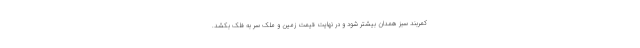
کمربند سبز همدان بیشتر شود و در نهایت قیمت زمین و ملک سر به فلک بکشد.